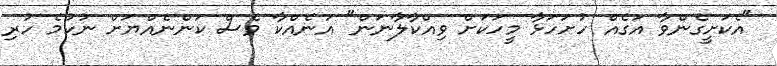
"އެކަށީގެންވާ އަގެއް ހުށަހަޅާ މީހަކަށް ވިއްކާލާނަން" އަނެއްކާ ވެސް ކަންނެއްޔަށް ނުކުމެ ހުރި